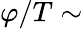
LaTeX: \varphi/T\sim